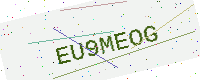
Text: EU9MEOG